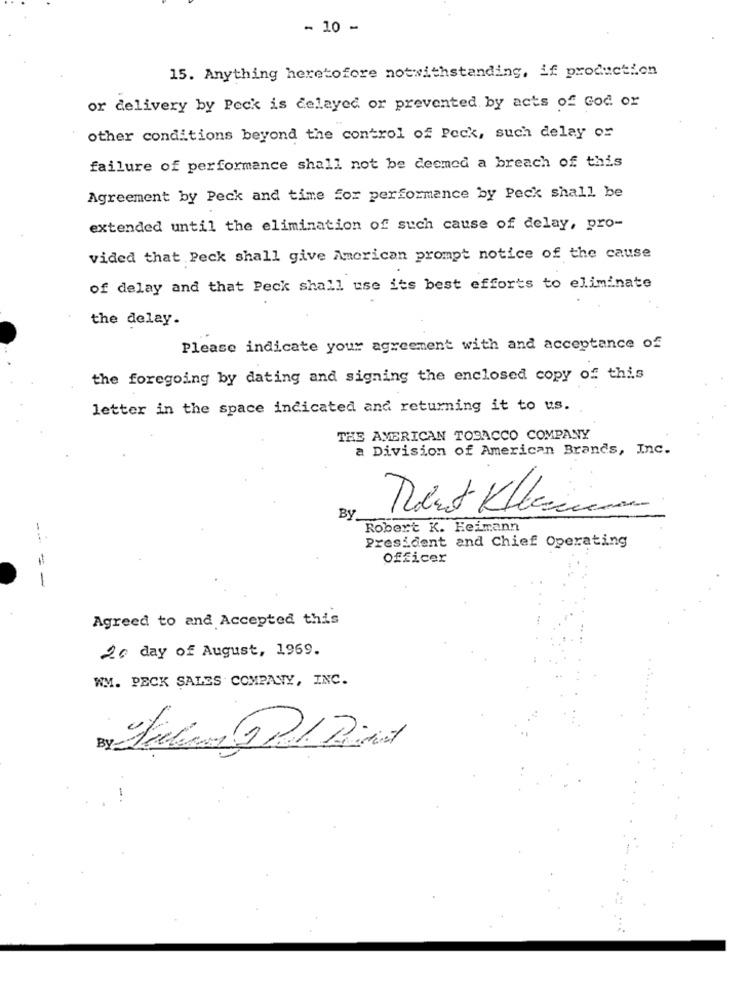
- 10 -
15. Anything heretofore notwithstanding, if production
or delivery by Peck is delayed or prevented by acts of God or
other conditions beyond the control of Peck, such delay or
failure of performance shall not be deemed a breach of this
Agreement by Peck and time for performance by Peck shall be
extended until the elimination of such cause of delay, pro-
vided that Peck shall give American prompt notice of the cause
of delay and that Peck shall use its best efforts to eliminate
the delay.
Please indicate your agreement with and acceptance of
the foregoing by dating and signing the enclosed copy of this
letter in the space indicated and returning it to us.
THE AMERICAN TOBACCO COMPANY
a Division of American Brands, Inc.
By
Robert K. Reimann
President and Chief Operating
officer
- -
Agreed to and Accepted this
20 day of August, 1969.
WM. PECK SALES COMPANY, INC.